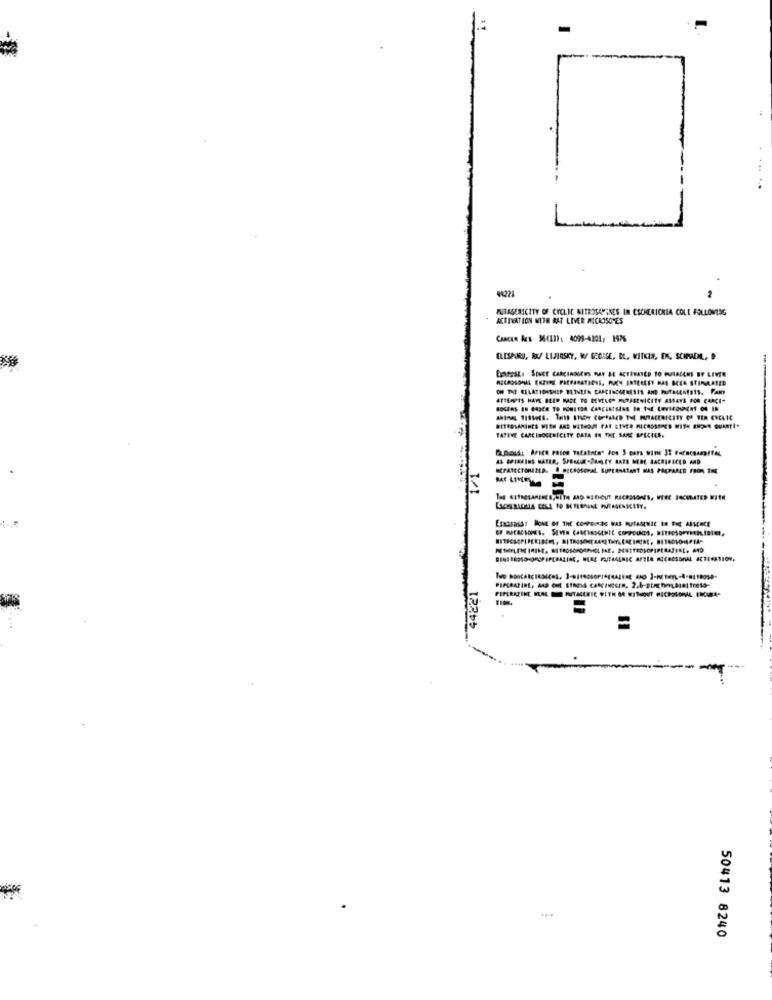
MA221
FUTAGERICITY OF CYCLIC MITROSAPINES IN CSONERICHIA COLI FOLLOWING
ACTIVATION WITH RAT LIVER MICROSOMES
Caacee Acs 96(11): 4099-4301, 1976
OLESARRU, AK/ LIJIRSKY, W GEORGE, BL. WITKIN, EN. SCHPADAL, D
TATIVE CARCINOGENICETY DATA IN THE SAME SPECIES.
AS OPISEINS HATED. SPRACK-SHELEY RATS NEDE SACRIFICED AND
SEPASECTORIZED. @ HECHOSOMAL SUPERNATANT NAS PAKPARED FROM THE
44221
50413 8240